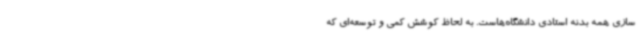
سازی همه بدنه استادی دانشگاه‌هاست. به لحاظ کوشش کمی و توسعه‌ای که